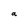
Character: a